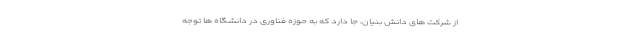
از شرکت های دانش بنیان، جا دارد که به حوزه فناوری در دانشگاه ها توجه